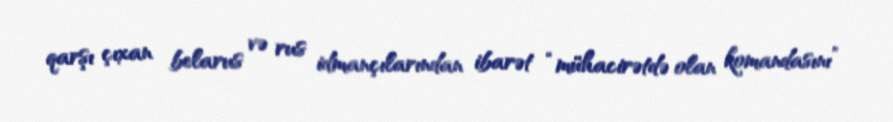
qarşı çıxan belarus və rus idmançılarından ibarət “mühacirətdə olan komandasını”